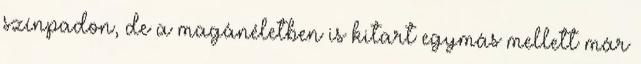
színpadon, de a magánéletben is kitart egymás mellett már